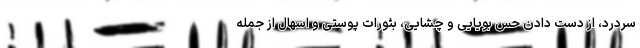
سردرد، از دست دادن حس بویایی و چشایی، بثورات پوستی و اسهال از جمله